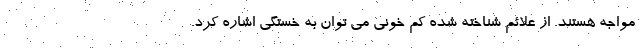
مواجه هستند. از علائم شناخته شده کم خونی می توان به خستگی اشاره کرد.